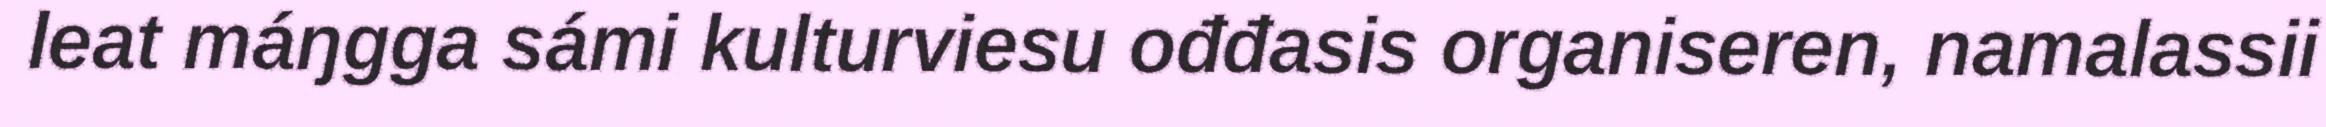
leat máŋgga sámi kulturviesu ođđasis organiseren, namalassii